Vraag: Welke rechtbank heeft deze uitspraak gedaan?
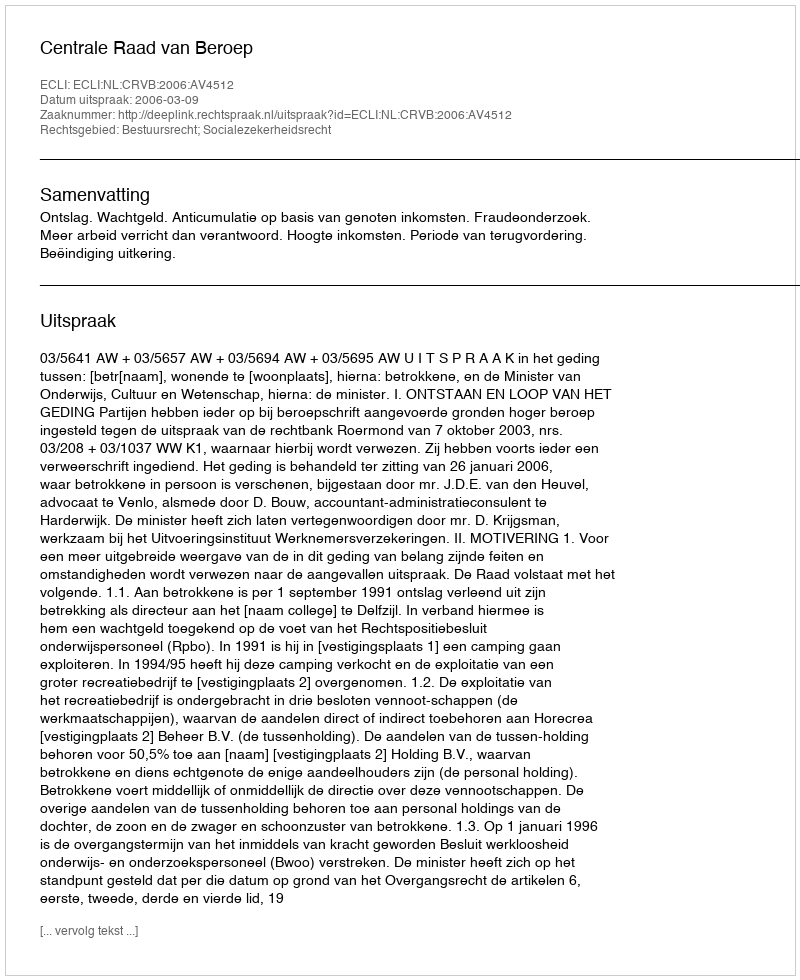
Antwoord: Centrale Raad van Beroep